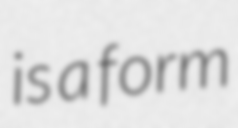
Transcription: is a form